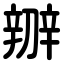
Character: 辧